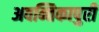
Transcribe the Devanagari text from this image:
अवन्तिकापुरी